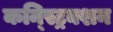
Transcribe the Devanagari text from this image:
कन्स्ट्रिक्शन